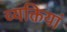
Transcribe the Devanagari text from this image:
व्यक्तियां